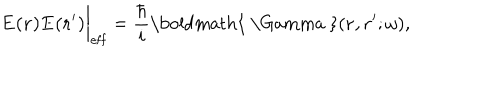
LaTeX: { \bf E ( r ) E ( r ^ { \prime } ) } \bigg | _ { \mathrm { e f f } } = { \frac { \hbar } { i } } \mathrm { \boldmath { ~ \Gamma ~ } } ( { \bf r , r ^ { \prime } } ; \omega ) ,